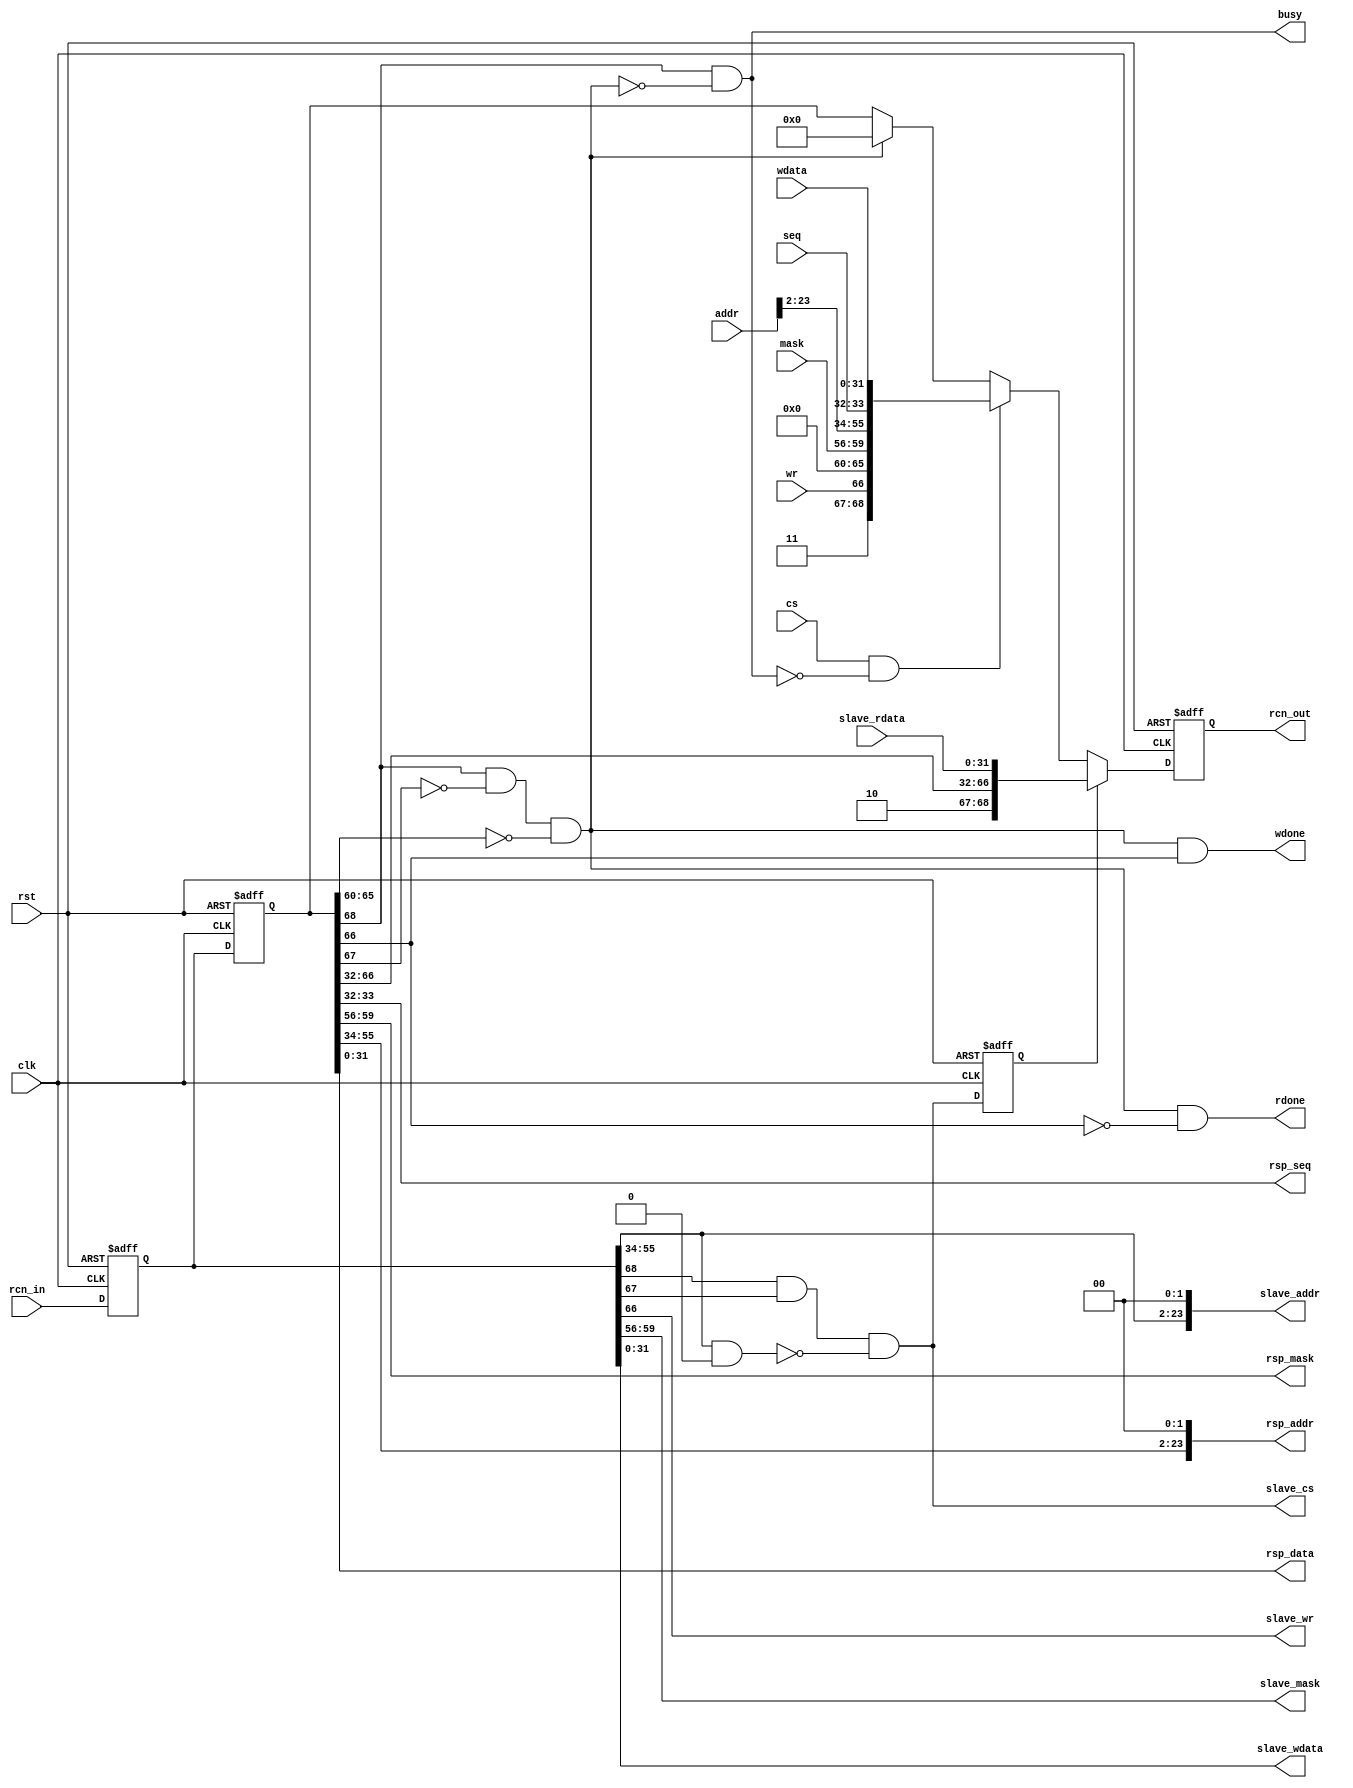
/* SPDX-License-Identifier: MIT */
/* (c) Copyright 2018 David M. Koltak, all rights reserved. */

/*
 * rcn bus master and slave (combined) interface - one cycle read delay.
 *
 */

module rcn_master_slave
(
    input rst,
    input clk,

    input [68:0] rcn_in,
    output [68:0] rcn_out,

    input cs,
    input [1:0] seq,
    output busy,
    input wr,
    input [3:0] mask,
    input [23:0] addr,
    input [31:0] wdata,

    output rdone,
    output wdone,
    output [1:0] rsp_seq,
    output [3:0] rsp_mask,
    output [23:0] rsp_addr,
    output [31:0] rsp_data,

    output slave_cs,
    output slave_wr,
    output [3:0] slave_mask,
    output [23:0] slave_addr,
    output [31:0] slave_wdata,
    input [31:0] slave_rdata
);
    parameter MASTER_ID = 0;
    parameter ADDR_MASK = 0;
    parameter ADDR_BASE = 1;

    reg [68:0] rin;
    reg [68:0] rin_d1;
    reg [68:0] rout;

    assign rcn_out = rout;

    wire [5:0] my_id = MASTER_ID;
    wire [23:0] my_mask = ADDR_MASK;
    wire [23:0] my_base = ADDR_BASE;

    wire my_resp = rin_d1[68] && !rin_d1[67] && (rin_d1[65:60] == my_id);

    wire my_req = rin[68] && rin[67] && ((rin[55:34] & my_mask[23:2]) == my_base[23:2]);
    reg my_req_d1;

    wire [68:0] resp;

    wire req_valid;
    wire [68:0] req;

    always @ (posedge clk or posedge rst)
        if (rst)
        begin
            rin <= 69'd0;
            rin_d1 <= 69'd0;
            my_req_d1 <= 1'b0;
            rout <= 69'd0;
        end
        else
        begin
            rin <= rcn_in;
            rin_d1 <= rin;
            my_req_d1 <= my_req;
            rout <= (my_req_d1) ? resp : (req_valid) ? req : (my_resp) ? 69'd0 : rin_d1;
        end

    assign busy = rin_d1[68] && !my_resp;
    assign req_valid = cs && !(rin_d1[68] && !my_resp);
    assign req = {1'b1, 1'b1, wr, my_id, mask, addr[23:2], seq, wdata};

    assign rdone = my_resp && !rin_d1[66];
    assign wdone = my_resp && rin_d1[66];
    assign rsp_seq = rin_d1[33:32];
    assign rsp_mask = rin_d1[59:56];
    assign rsp_addr = {rin_d1[55:34], 2'd0};
    assign rsp_data = rin_d1[31:0];

    assign slave_cs = my_req;
    assign slave_wr = rin[66];
    assign slave_mask = rin[59:56];
    assign slave_addr = {rin[55:34], 2'd0};
    assign slave_wdata = rin[31:0];

    assign resp = {1'b1, 1'b0, rin_d1[66:32], slave_rdata};

endmodule